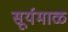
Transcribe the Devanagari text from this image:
सूर्यमाळ